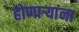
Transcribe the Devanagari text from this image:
होणाऱ्यांना